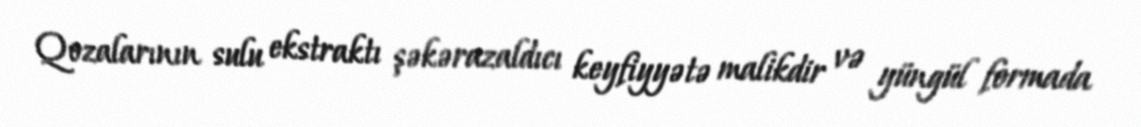
Qozalarının sulu ekstraktı şəkərazaldıcı keyfiyyətə malikdir və yüngül formada